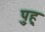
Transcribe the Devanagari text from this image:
पु्ह्